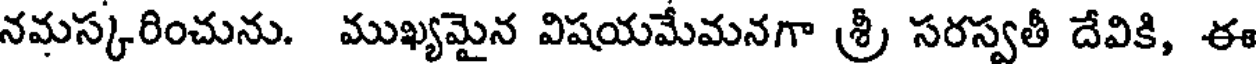
నమస్కరించును. ముఖ్యమైన విషయమేమనగా శ్రీ సరస్వతీ దేవికి, ఈ